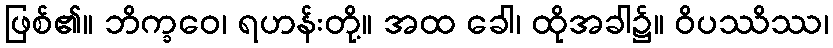
ဖြစ်၏။ ဘိက္ခဝေ၊ ရဟန်းတို့။ အထ ခေါ၊ ထိုအခါ၌။ ဝိပဿိဿ၊